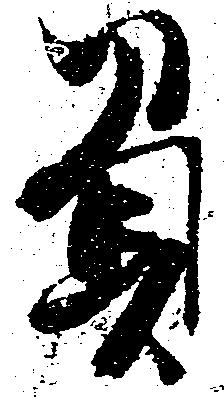
負